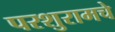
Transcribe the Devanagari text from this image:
परशुरामचे